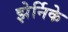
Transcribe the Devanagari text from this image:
झेर्निके